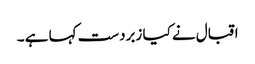
اقبال نے کیا زبردست کہا ہے ۔